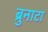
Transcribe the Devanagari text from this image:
ब्रुनाटा